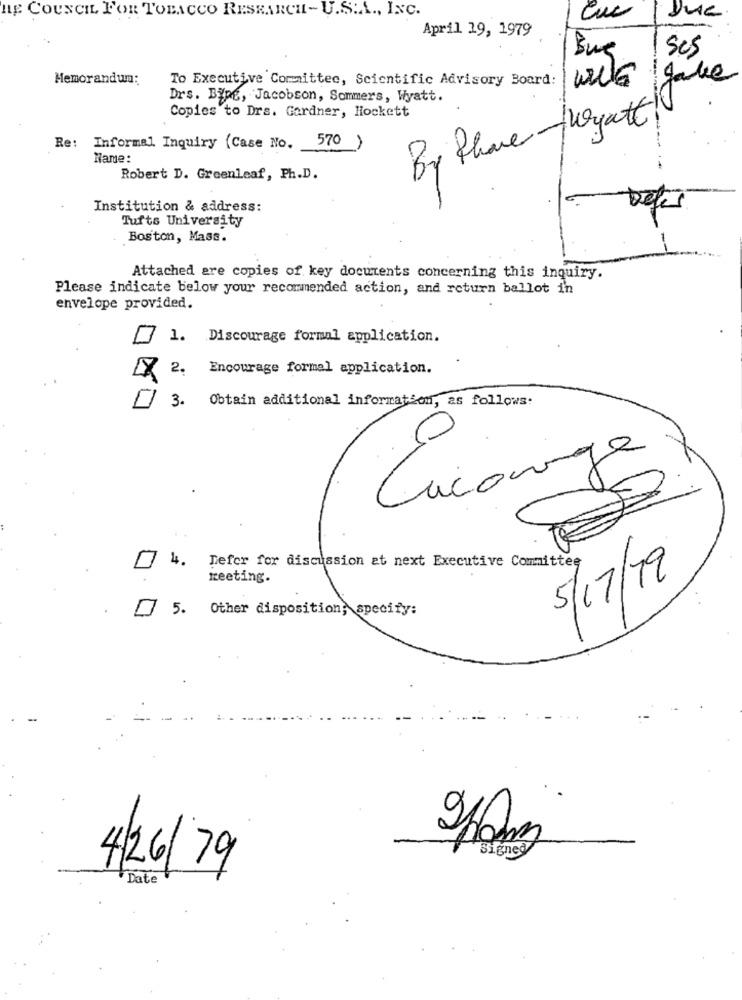
HE COUNCIL FOR TOBACCO RESEARCH-U.S.A ., INC.
Euc
April 19, 1979
ses
Memorandum:
To Executive Committee, Scientific Advisory Board:
wie gave
Drs. Bipe, Jacobson, Sommers, Wyatt.
Copies to Drs. Gardner, Hockett
By Phave Joyatt!
Re: Informal Inquiry (Case No. 570)
Name:
Robert D. Greenleaf, Ph.D.
Institution & address:
Tufts University
Boston, Mass.
Attached are copies of key documents concerning this inquiry.
Please indicate below your recommended action, and return ballot in
envelope provided.
1. Discourage formal application.
Encourage formal application.
3. Obtain additional information, as follows:
Lucange
74. Defer for discussion et next Executive Committee
meeting.
5/17/19
5. Other disposition; specify:
Signed
4/26/79
Date